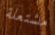
مشتعلة